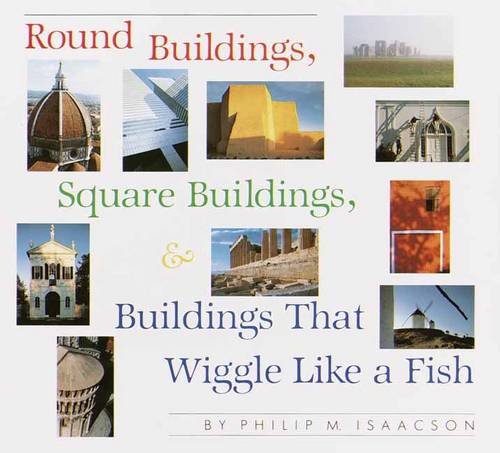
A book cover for Round Buildings, Square Buildings, and Buildings that Wiggle Like a Fish; Philip M. Isaacson; Teen & Young Adult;